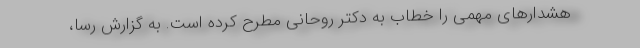
هشدارهای مهمی را خطاب به دکتر روحانی مطرح کرده است. به گزارش رسا،